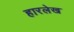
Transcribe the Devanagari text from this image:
हारलेख